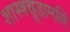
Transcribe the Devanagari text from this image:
शास्त्रचूडामणि